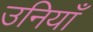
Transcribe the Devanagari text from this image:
उनियाँ